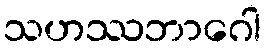
သဟဿဘာဂေါ